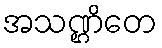
အသဏ္ဌိတေ